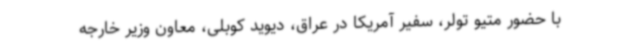
با حضور متیو تولر، سفیر آمریکا در عراق، دیوید کوبلی، معاون وزیر خارجه